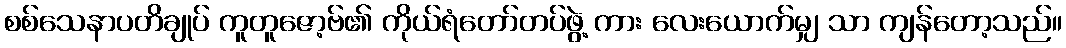
စစ်သေနာပတိချုပ် ကူတူဇော့ဗ်၏ ကိုယ်ရံတော်တပ်ဖွဲ့ ကား လေးယောက်မျှ သာ ကျန်တော့သည်။